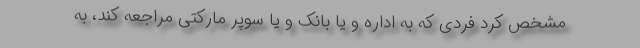
مشخص کرد فردی که به اداره و یا بانک و یا سوپر مارکتی مراجعه کند، به